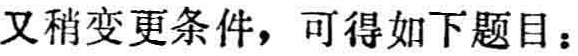
又稍变更条件，可得如下题目：